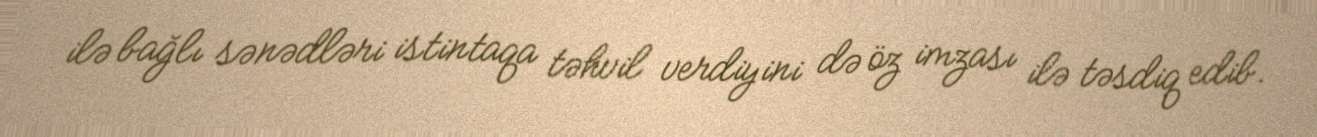
ilə bağlı sənədləri istintaqa təhvil verdiyini də öz imzası ilə təsdiq edib.